Report of the Indian Hemp Drugs Commission, 1894-1895 - Volume VI
Year: 1894
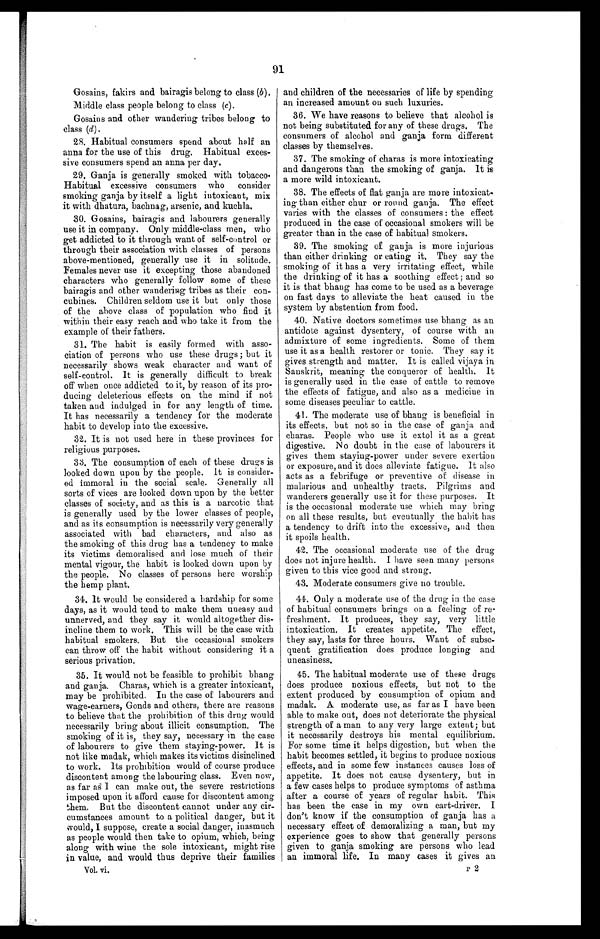
91
Gosains, fakirs and bairagis belong to class ( b ).
Middle class people belong to class ( c).
Gosains and other wandering tribes belong to
class (d) .
28. Habitual consumers spend about half an
anna for the use of this drug. Habitual exces-
sive consumers spend an anna per day.
29. Ganja is generally smoked with tobacco.
Habitual excessive consumers who consider
smoking ganja by itself a light intoxicant, mix
it with dhatura, bachnag, arsenic, and kuchla.
30. Gosains, bairagis and labourers generally
use it in company. Only middle-class men, who
get addicted to it through want of self-control or
through their association with classes of persons
above-mentioned, generally use it in solitude.
Females never use it excepting those abandoned
characters who generally follow some of these
bairagis and other wandering tribes as their con-
cubines. Children seldom use it but only those
of the above class of population who find it
within their easy reach and who take it from the
example of their fathers.
31. The habit is easily formed with asso-
ciation of persons who use these drugs ; but it
necessarily shows weak character and want of
self-control. It is generally difficult to break
off when once addicted to it, by reason of its pro-
ducing deleterious effects on the mind if not
taken and indulged in for any length of time.
It has necessarily a tendency for the moderate
habit to develop into the excessive.
32. It is not used here in these provinces for
religious purposes.
33. The consumption of each of these drugs is
looked down upon by the people. It is consider-
ed immoral in the social scale. Generally all
sorts of vices are looked down upon by the better
classes of society, and as this is a narcotic that
is generally used by the lower classes of people,
and as its consumption is necessarily very generally
associated with bad characters, and also as
the smoking of this drug has a tendency to make
its victims demoralised and lose much of their
mental vigour, the habit is looked down upon by
the people. No classes of persons here worship
the hemp plant.
34. It would be considered a hardship for some
days, as it would tend to make them uneasy and
unnerved, and they say it would altogether dis-
incline them to work. This will be the case with
habitual smokers. But the occasional smokers
can throw off the habit without considering it a
serious privation.
35. It would not be feasible to prohibit bhang
and ganja. Charas, which is a greater intoxicant,
may be prohibited. In the case of labourers and
wage-earners, Gonds and others, there are reasons
to believe that the prohibition of this drug would
necessarily bring about illicit consumption. The
smoking of it is, they say, necessary in the case
of labourers to give them staying-power. It is
not like madak, which makes its victims disinclined
to work. Its prohibition would of course produce
discontent among the labouring class. Even now,
as far as I can make out, the severe restrictions
imposed upon it afford cause for discontent among
them. But the discontent cannot under any cir-
cumstances amount to a political danger, but it
would, I suppose, create a social danger, inasmuch
as people would then take to opium, which, being
along with wine the sole intoxicant, might rise
in value, and would thus deprive their families
Vol. vi.
and children of the necessaries of life by spending
an increased amount on such luxuries.
36. We have reasons to believe that alcohol is
not being substituted for any of these drugs. The
consumers of alcohol and ganja form different
classes by themselves.
37. The smoking of charas is more intoxicating
and dangerous than the smoking of ganja. It is
a more wild intoxicant.
38. The effects of flat ganja are more intoxicat-
ing than either chur or round ganja. The effect
varies with the classes of consumers: the effect
produced in the case of occasional smokers will be
greater than in the case of habitual smokers.
39. The smoking of ganja is more injurious
than either drinking or eating it. They say the
smoking of it has a very irritating effect, while
the drinking of it has a soothing effect; and so
it is that bhang has come to be used as a beverage
on fast days to alleviate the heat caused in the
system by abstention from food.
40. Native doctors sometimes use bhang as an
antidote against dysentery, of course with an
admixture of some ingredients. Some of them
use it as a health restorer or tonic. They say it
gives strength and matter. It is called vijaya in
Sanskrit, meaning the conqueror of health. It
is generally used in the case of cattle to remove
the effects of fatigue, and also as a medicine in
some diseases peculiar to cattle.
41. The moderate use of bhang is beneficial in
its effects, but not so in the case of ganja and
charas. People who use it extol it as a great
digestive. No doubt in the case of labourers it
gives them staying-power under severe exertion
or exposure, and it does alleviate fatigue. It also
acts as a febrifuge or preventive of disease in
malarious and unhealthy tracts. Pilgrims and
wanderers generally use it for these purposes. It
is the occasional moderate use which may bring
on all these results, but eventually the habit has
a tendency to drift into the excessive, and then
it spoils health.
42. The occasional moderate use of the drug
does not injure health. I have seen many persons
given to this vice good and strong.
43. Moderate consumers give no trouble.
44. Only a moderate use of the drug in the case
of habitual consumers brings on a feeling of re-
freshment. It produces, they say, very little
intoxication. It creates appetite. The effect,
they say, lasts for three hours. Want of subse-
quent gratification does produce longing and
uneasiness.
45. The habitual moderate use of these drugs
does produce noxious effects, but not to the
extent produced by consumption of opium and.
madak. A moderate use, as far as I have been
able to make out, does not deteriorate the physical
strength of a man to any very large extent; but
it necessarily destroys his mental equilibrium.
For some time it helps digestion, but when the
habit becomes settled, it begins to produce noxious
effects, and in some few instances causes loss of
appetite. It does not cause dysentery, but in
a few cases helps to produce symptoms of asthma
after a course of years of regular habit. This
has been the case in my own cart-driver. I
don't know if the consumption of ganja has a
necessary effect of demoralizing a man, but my
experience goes to show that generally persons
given to ganja smoking are persons who lead
an immoral life. In many cases it gives an